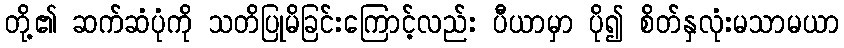
တို့၏ ဆက်ဆံပုံကို သတိပြုမိခြင်းကြောင့်လည်း ပီယာမှာ ပို၍ စိတ်နှလုံးမသာမယာ